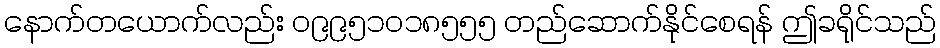
နောက်တယောက်လည်း ၀၉၉၅၁၀၁၈၅၅၅ တည်ဆောက်နိုင်စေရန် ဤခရိုင်သည်